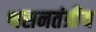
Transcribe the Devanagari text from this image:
श्वसनतंत्रीय